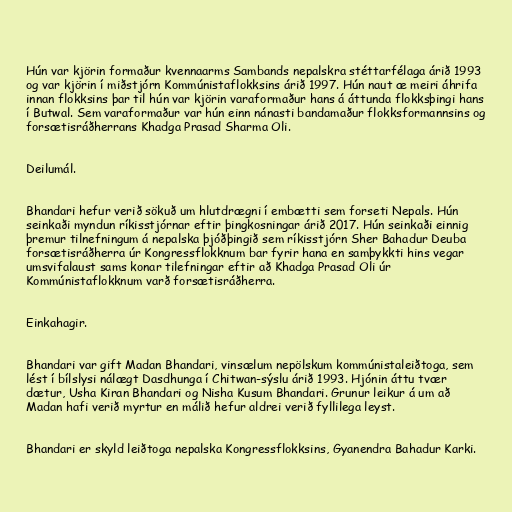
Hún var kjörin formaður kvennaarms Sambands nepalskra stéttarfélaga árið 1993
og var kjörin í miðstjórn Kommúnistaflokksins árið 1997. Hún naut æ meiri áhrifa
innan flokksins þar til hún var kjörin varaformaður hans á áttunda flokksþingi hans
í Butwal. Sem varaformaður var hún einn nánasti bandamaður flokksformannsins og
forsætisráðherrans Khadga Prasad Sharma Oli.

Deilumál.

Bhandari hefur verið sökuð um hlutdrægni í embætti sem forseti Nepals. Hún
seinkaði myndun ríkisstjórnar eftir þingkosningar árið 2017. Hún seinkaði einnig
þremur tilnefningum á nepalska þjóðþingið sem ríkisstjórn Sher Bahadur Deuba
forsætisráðherra úr Kongressflokknum bar fyrir hana en samþykkti hins vegar
umsvifalaust sams konar tilefningar eftir að Khadga Prasad Oli úr
Kommúnistaflokknum varð forsætisráðherra.

Einkahagir.

Bhandari var gift Madan Bhandari, vinsælum nepölskum kommúnistaleiðtoga, sem
lést í bílslysi nálægt Dasdhunga í Chitwan-sýslu árið 1993. Hjónin áttu tvær
dætur, Usha Kiran Bhandari og Nisha Kusum Bhandari. Grunur leikur á um að
Madan hafi verið myrtur en málið hefur aldrei verið fyllilega leyst.

Bhandari er skyld leiðtoga nepalska Kongressflokksins, Gyanendra Bahadur Karki.